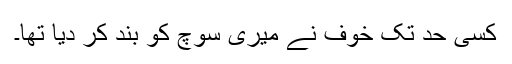
کسی حد تک خوف نے میری سوچ کو بند کر دیا تھا۔